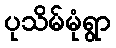
ပုသိမ်မုံရွာ